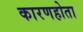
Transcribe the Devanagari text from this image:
कारणहोता